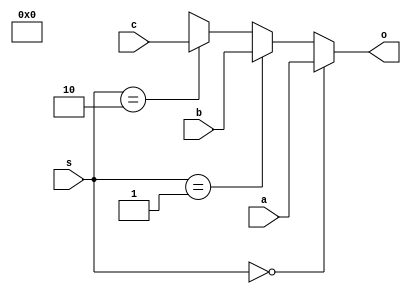
module mux3nton#(parameter N=32)(input[N-1:0]a,b,c,input[1:0] s,output [N-1:0]o);
	assign o=(s==2'd0)?a:
		(s==2'd1)?b:
        (s==2'd2)?c:1'bx;
endmodule